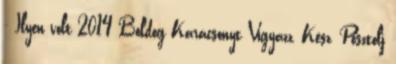
- Ilyen volt 2014 Boldog Karácsonyt Vigyázz, Kész, Posztolj